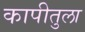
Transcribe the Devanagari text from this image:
कापीतुला